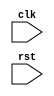
module synchronous_logic_block (
  input wire clk,
  input wire rst,
  // Other input and output ports
  
);

  // Declare internal signal or register
  reg my_logic_reg;

  always @ (posedge clk or negedge rst)
  begin
    if (rst == 1'b0) // Active low reset
    begin
      // Reset logic
      my_logic_reg <= 'b0; // Reset internal register value
      // Other reset logic
    end
    else
    begin
      // Synchronous logic
      // Specify the logic to be executed on positive clock edge
      // Other synchronous logic
    end
  end

endmodule